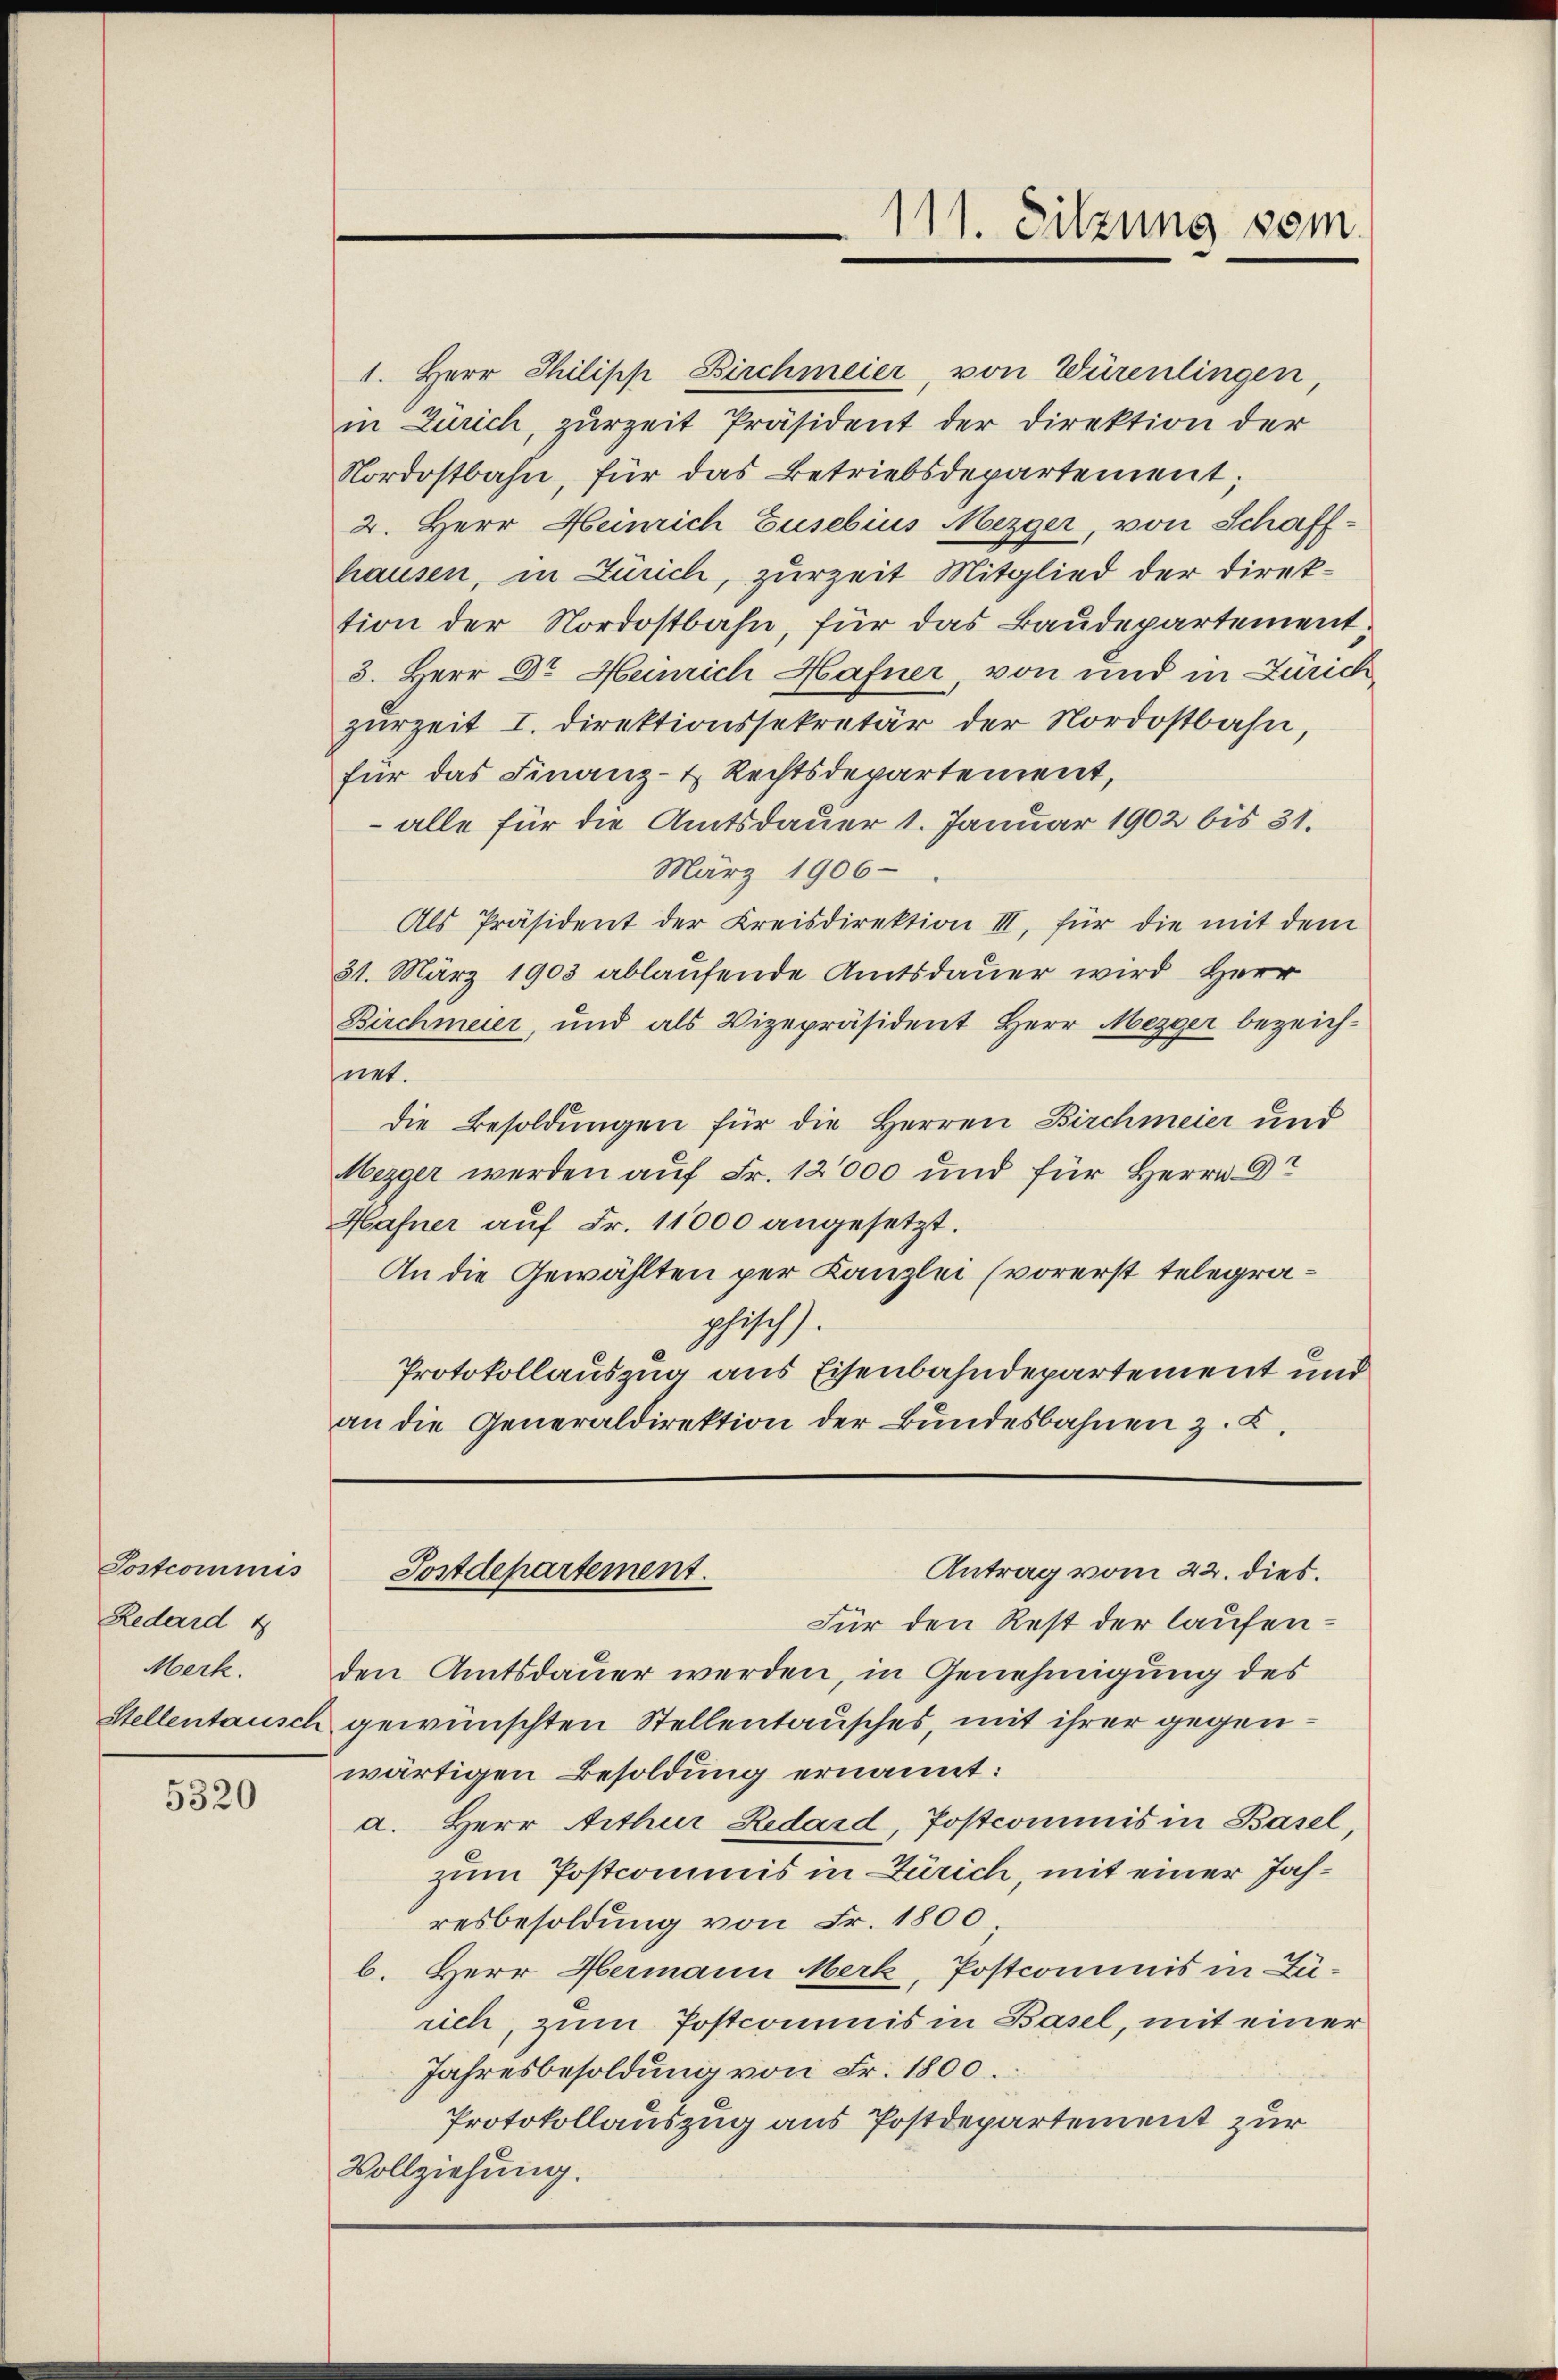
Postcommis
Redard u
Merk.

5320

111. Sitzung vom

Antrag vom 22. dies.
Postdepartement.

1. Herr Philipp Birchmeier, von Würenlingen,
in Zürich, zurzeit Präsident der Direktion der
Nordostbahn, für das Betriebsdepartement;
2. Herr Heinrich Eusebius Mezger, von Schaffhausen, in Zürich, zurzeit Mitglied der Direktion der Nordostbahn, für das Baudepartement;
3. Herr Dr. Heinrich Hafner, von und in Zürich
zurzeit I. Direktionssekretär der Nordostbahn,
für das Finanz- & Rechtsdepartement,
 alle für die Amtsdauer 1. Januar 1902 bis 31.
März 1906
Als Präsident der Kreisdirektion III, für die mit dem
31. März 1903 ablaufende Amtsdauer wird Herr
Birchmeier, und als Vizepräsident Herr Mezger bezeichnet.
die Besoldungen für die Herren Birchmeier und
Mezger werden auf Fr. 12000 und für Herrn Gr
Hafner auf Fr. 11000 angesetzt.
An die Gewählten per Kanzlei (vorerst telegraphisch).
Protokollauszug aus Eisenbahndepartement und
an die Generaldirektion der Bundesbahnen z. B.

Für den Rest der laufenden Amtsdauer werden, in Genehmigung des
Stellentausch gewünschten Stellentausches, mit ihrer gegenwärtigen Besoldung ernannt:
a. Herr Arthur Redard, Postcommis in Basel,
zum Postcommis in Zürich, mit einer Jahresbesoldung von Fr. 1800.
b. Herr Hermann Merk, Postcommis in Zürich, zum Postcommnis in Basel, mit einer
Jahresbesoldung von Fr. 1800.
Protokollauszug aus Postdepartement zur
Vollziehung.